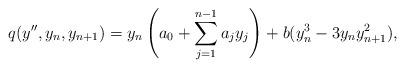
LaTeX: \begin{align*}q(y'',y_n, y_{n+1}) = y_n\left(a_0+ \sum_{j=1}^{n-1}a_j y_j\right) + b (y_n^3 - 3y_n y_{n+1}^2),\end{align*}